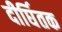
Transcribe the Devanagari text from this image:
दीर्घितक